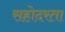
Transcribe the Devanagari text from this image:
सहोदरता